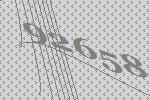
92658